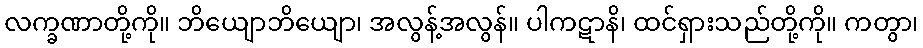
လက္ခဏာတို့ကို။ ဘိယျောဘိယျော၊ အလွန့်အလွန်။ ပါကဋာနိ၊ ထင်ရှားသည်တို့ကို။ ကတွာ၊